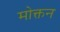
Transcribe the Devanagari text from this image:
मोक्तन